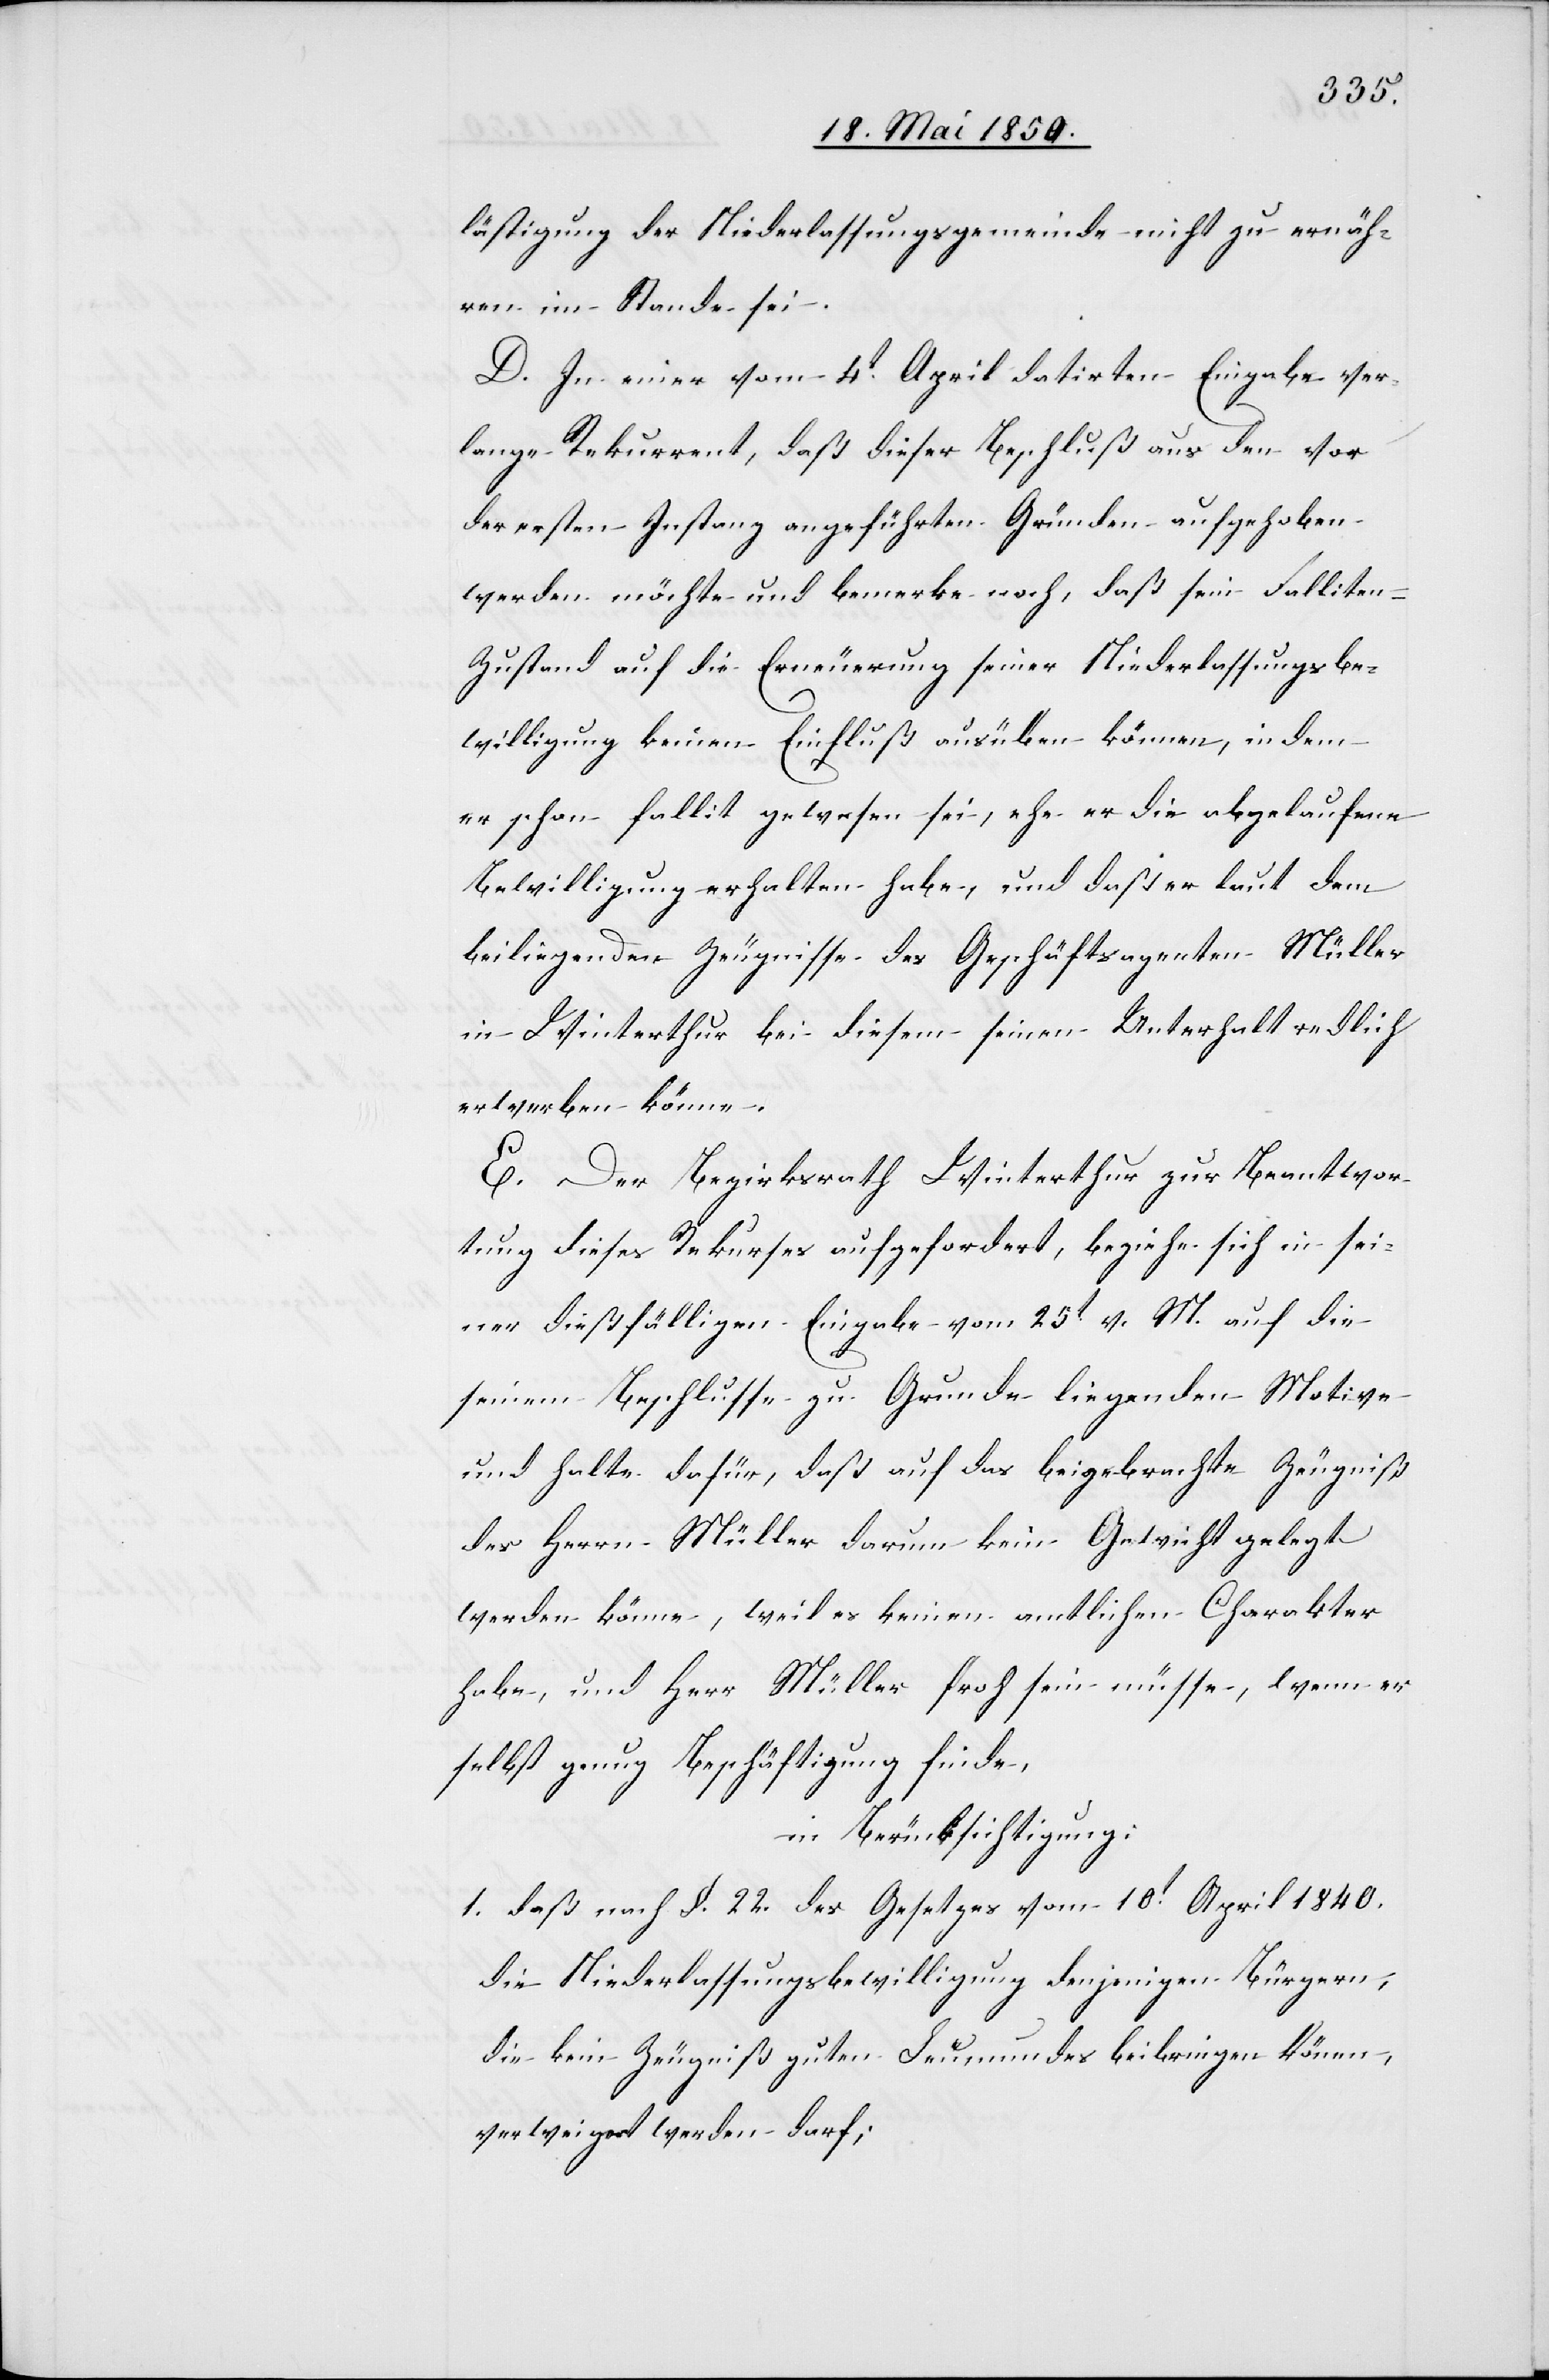
lästigung der Niederlassungsgemeinde nicht zu ernäh¬
ren im Stande sei.
D. In einer vom 4t April datirten Eingabe ver¬
lange Rekurrent, daß dieser Beschluß aus den vor
der ersten Instanz angeführten Gründen aufgehoben
werden möchte und bemerke noch, daß sein Fallite¬
n-Zustand auf die Erneuerung seiner Niederlassungsbe¬
willigung keinen Einfluß ausüben können, indem
er schon fallit gewesen sei, ehe er die abgelaufene
Bewilligung erhalten habe, und daß er laut dem
beiliegenden Zeugnisse des Geschäftsagenten Müller
in Winterthur bei diesem seinen Unterhalt redlich
erwerben könne.
E. Der Bezirksrath Winterthur zur Beantwor¬
tung dieses Rekurses aufgefordert, beziehe sich in sei¬
ner dießfälligen Eingabe vom 25t v. M. auf die
seinem Beschlusse zu Grunde liegenden Motive
und halte dafür, daß auf das beigebrachte Zeugniß
des Herrn Müller darum kein Gewicht gelegt
werden könne, weil es keinen amtlichen Charakter
habe, und Herr Müller froh sein müsse, wenn er
selbst genug Beschäftigung finde,
in Berücksichtigung:
1. daß nach §. 22. des Gesetzes vom 10t April 1840.
die Niederlassungsbewilligung denjenigen Bürgern,
die kein Zeugniß guten Leumundes beibringen könen,
verweigert werden darf;